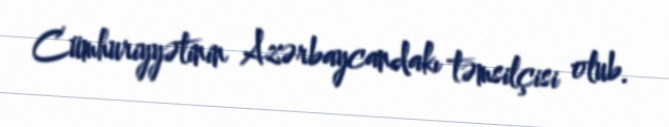
Cümhuriyyətinin Azərbaycandakı təmsilçisi olub.